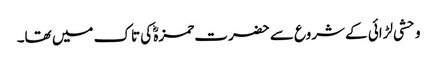
وحشی لڑائی کے شروع سے حضرت حمزہؓ کی تاک میں تھا۔